Problem: 7 + 27 = ?
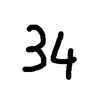
Handwritten answer: 34